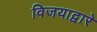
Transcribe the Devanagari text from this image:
विजयाद्वारे